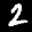
Label: 2